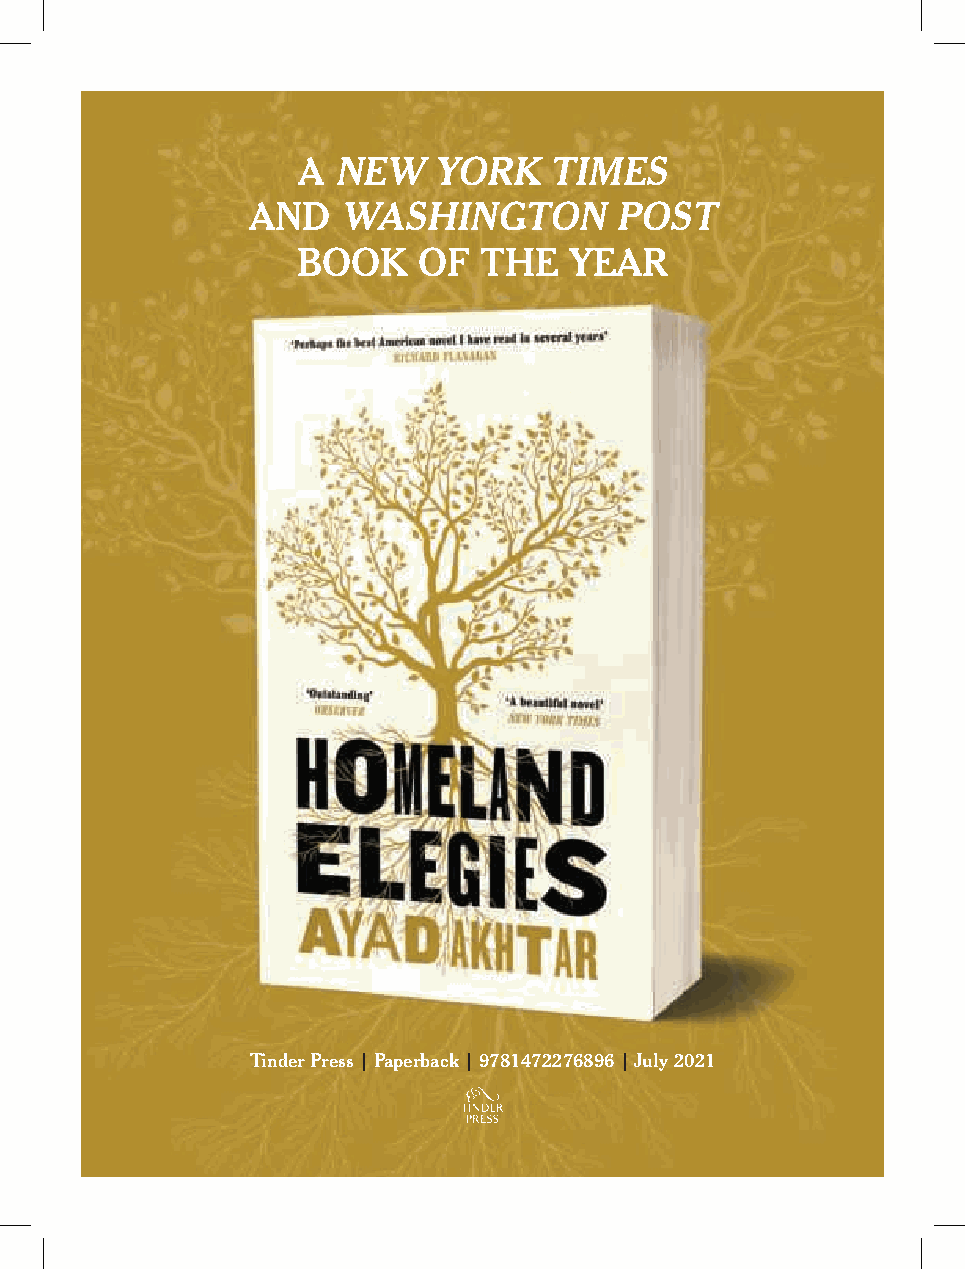
A NEW    YORK   TIMES
 AND   WASHINGTON         POST
 BOOK    OF  THE   YEAR
 Tinder Press | Paperback | 9781472276896 | July 2021
 OOLLFF..iinndddd 11                         3300//0033//22002211 1155::3377